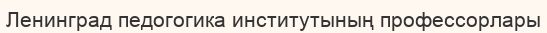
Ленинград педогогика институтының профессорлары